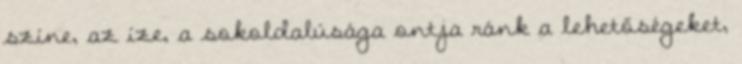
színe, az íze, a sokoldalúsága ontja ránk a lehetőségeket,